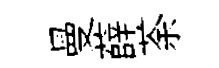
曼薛荼